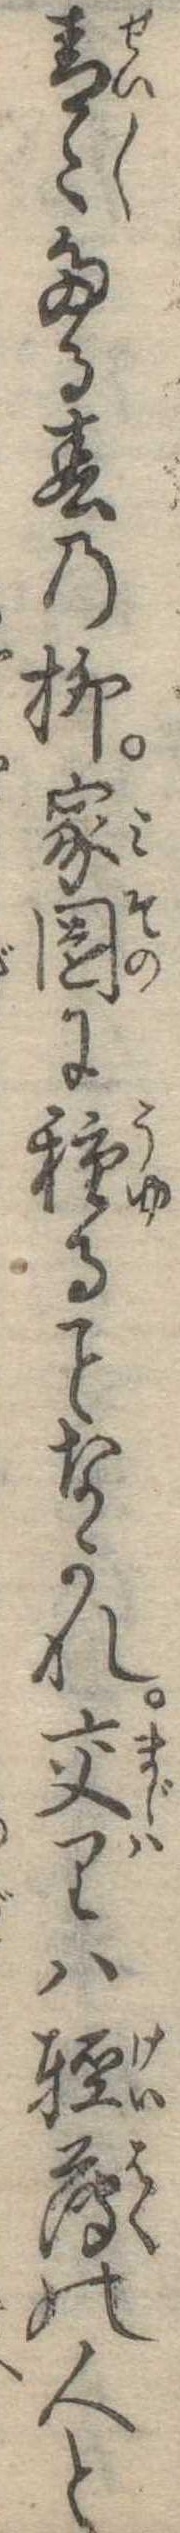
青広たる春の柳家園に種るなかれ交りは軽薄の人と